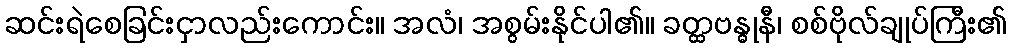
ဆင်းရဲစေခြင်းငှာလည်းကောင်း။ အလံ၊ အစွမ်းနိုင်ပါ၏။ ခတ္ထဗန္ဓုနီ၊ စစ်ဗိုလ်ချုပ်ကြီး၏